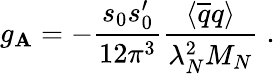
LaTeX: g_{\mathbf{A}}=-\frac{{s_{0}s_{0}^{\prime}}}{{12\pi^{3}}}\frac{{\langle\overline{{{{q}}}}q\rangle}}{{\lambda_{N}^{2}M_{N}}}\; .\,